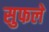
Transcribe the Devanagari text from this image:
सुफले